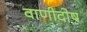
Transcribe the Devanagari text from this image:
वाणीदोष